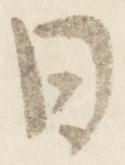
日